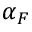
\alpha _ { F }